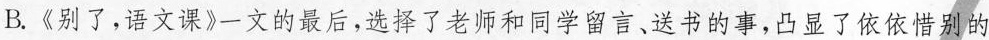
B.《别了，语文课》一文的最后，选择了老师和同学留言、送书的事，凸显了依依惜别的